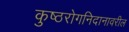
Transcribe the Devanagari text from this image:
कुष्ठरोगनिदानावरील